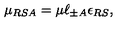
\mu _ { R S A } = \mu \ell _ { \pm A } \epsilon _ { R S } ,